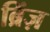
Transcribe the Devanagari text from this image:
ब्रिंज़